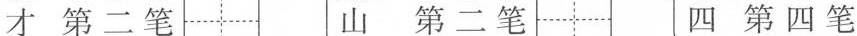
才第二笔山第二笔四第四笔